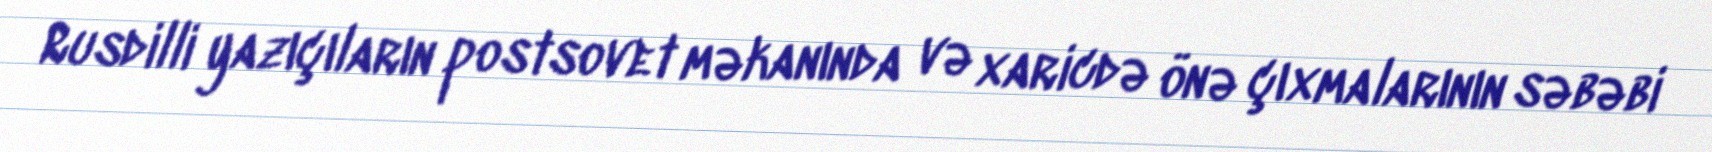
Rusdilli yazıçıların postsovet məkanında və xaricdə önə çıxmalarının səbəbi